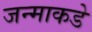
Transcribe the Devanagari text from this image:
जन्माकडे